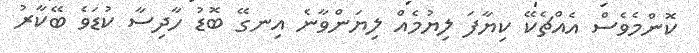
ކޮންމެވެސް އެއްޗެކޭ ކިޔާފަ ލިޔުމެއް ލިޔަންވާނެ އިނގޭ ބޮޑު ހާދިސާ ކުޑަވެ ބޭކާރު